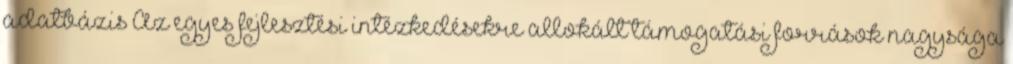
adatbázis Az egyes fejlesztési intézkedésekre allokált támogatási források nagysága